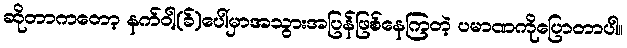
ဆိုတာကတော့ နက်ဝါ့(ခ်)ပေါ်မှာအသွားအပြန်ဖြစ်နေကြတဲ့ ပမာဏကိုပြောတာပါ။